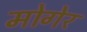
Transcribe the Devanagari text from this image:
मोगेर